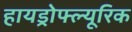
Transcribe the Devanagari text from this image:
हायड्रोफ्ल्यूरिक